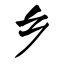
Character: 乡